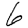
Digit: 6